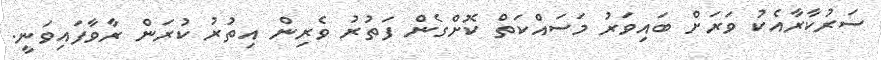
ސަރުކާރާއެކު ވަރަށް ބައިވަރު މަސައްކަތް ކޮށްގެން ފަތުރު ވެރިން އިތުުރު ކުރަން ރާވާފައިވަނީ.